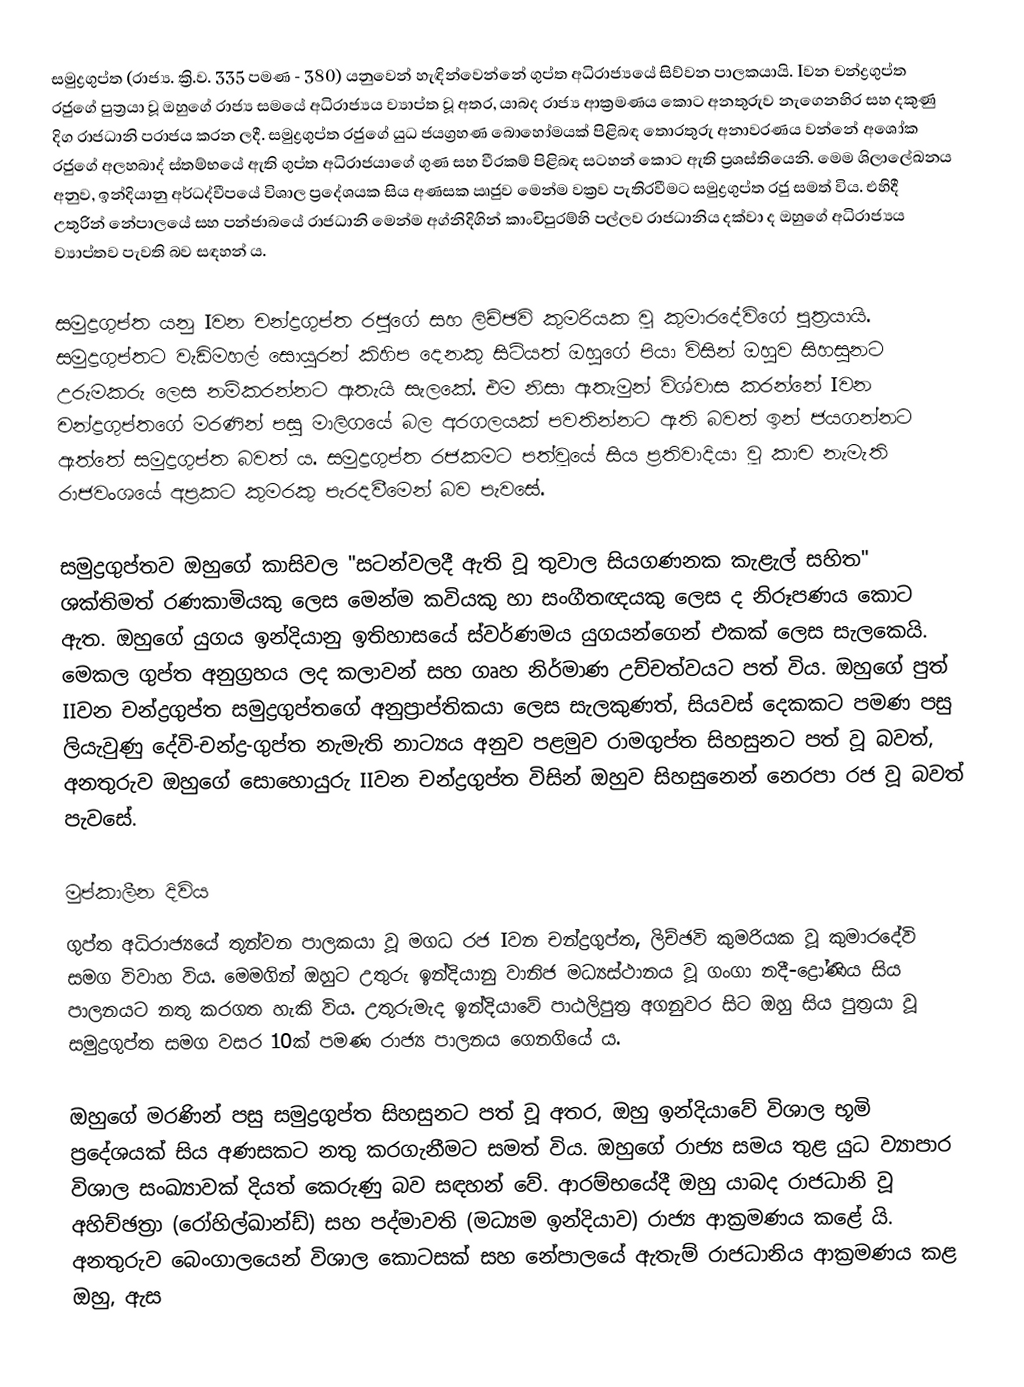
සමුද්‍රගුප්ත (රාජ්‍ය. ක්‍රි.ව. 335 පමණ - 380) යනුවෙන් හැඳින්වෙන්නේ ගුප්ත අධිරාජ්‍යයේ සිව්වන පාලකයායි. Iවන චන්ද්‍රගුප්ත රජුගේ පුත්‍රයා වූ ඔහුගේ රාජ්‍ය සමයේ අධිරාජ්‍යය ව්‍යාප්ත වූ අතර, යාබද රාජ්‍ය ආක්‍රමණය කොට අනතුරුව නැගෙනහිර සහ දකුණු දිග රාජධානි පරාජය කරන ලදී. සමුද්‍රගුප්ත රජුගේ යුධ ජයග්‍රහණ බොහෝමයක් පිළිබඳ තොරතුරු අනාවරණය වන්නේ අශෝක රජුගේ අලහබාද් ස්තම්භයේ ඇති ගුප්ත අධිරාජයාගේ ගුණ සහ වීරකම් පිළිබඳ සටහන් කොට ඇති ප්‍රශස්තියෙනි. මෙම ශිලාලේඛනය අනුව, ඉන්දියානු අර්ධද්වීපයේ විශාල ප්‍රදේශයක සිය අණසක ඍජුව මෙන්ම වක්‍රව පැතිරවීමට සමුද්‍රගුප්ත රජු සමත් විය. එහිදී උතුරින් නේපාලයේ සහ පන්ජාබයේ රාජධානි මෙන්ම අග්නිදිගින් කාංචිපුරම්හි පල්ලව රාජධානිය දක්වා ද ඔහුගේ අධිරාජ්‍යය ව්‍යාප්තව පැවති බව සඳහන් ය.

සමුද්‍රගුප්ත යනු Iවන චන්ද්‍රගුප්ත රජුගේ සහ ලිච්ඡවි කුමරියක වූ කුමාරදේවිගේ පුත්‍රයායි. සමුද්‍රගුප්තට වැඩිමහල් සොයුරන් කිහිප දෙනකු සිටියත් ඔහුගේ පියා විසින් ඔහුව සිහසුනට උරුමකරු ලෙස නම්කරන්නට ඇතැයි සැ‍ලකේ. එම නිසා ඇතැමුන් විශ්වාස කරන්නේ Iවන චන්ද්‍රගුප්තගේ මරණින් පසු මාලිගයේ බල අරගලයක් පවතින්නට ඇති බවත් ඉන් ජයගන්නට ඇත්තේ සමුද්‍රගුප්ත බවත් ය. සමුද්‍රගුප්ත රජකමට පත්වූයේ සිය ප්‍රතිවාදියා වූ කාච නැමැති රාජවංශයේ අප්‍රකට කුමරකු පැරදවීමෙන් බව පැවසේ.

සමුද්‍රගුප්තව ඔහුගේ කාසිවල "සටන්වලදී ඇති වූ තුවාල සියගණනක කැළැල් සහිත" ශක්තිමත් රණකාමියකු ලෙස මෙන්ම කවියකු හා සංගීතඥයකු ලෙස ද නිරූපණය කොට ඇත. ඔහුගේ යුගය ඉන්දියානු ඉතිහාසයේ ස්වර්ණමය යුගයන්ගෙන් එකක් ලෙස සැලකෙයි. මෙකල ගුප්ත අනුග්‍රහය ලද කලාවන් සහ ගෘහ නිර්මාණ උච්චත්වයට පත් විය. ඔහුගේ පුත් IIවන චන්ද්‍රගුප්ත සමුද්‍රගුප්තගේ අනුප්‍රාප්තිකයා ලෙස සැලකුණත්, සියවස් දෙකකට පමණ පසු ලියැවුණු දේවි-චන්ද්‍ර-ගුප්ත නැමැති නාට්‍යය අනුව පළමුව රාමගුප්ත සිහසුනට පත් වූ බවත්, අනතුරුව ඔහුගේ සොහොයුරු IIවන චන්ද්‍රගුප්ත විසින් ඔහුව සිහසුනෙන් නෙරපා රජ වූ බවත් පැවසේ.

මුප්කාලීන දිවිය
ගුප්ත අධිරාජ්‍යයේ තුන්වන පාලකයා වූ මගධ රජ Iවන චන්ද්‍රගුප්ත, ලිච්ඡවි කුමරියක වූ කුමාරදේවි සමග විවාහ විය. මෙමගින් ඔහුට උතුරු ඉන්දියානු වානිජ මධ්‍යස්ථානය වූ ගංගා නදී-ද්‍රෝණිය සිය පාලනයට නතු කරගත හැකි විය. උතුරුමැද ඉන්දියාවේ පාඨලිපුත්‍ර අගනුවර සිට ඔහු සිය පුත්‍රයා වූ සමුද්‍රගුප්ත සමග වසර 10ක් පමණ රාජ්‍ය පාලනය ගෙනගියේ ය.

ඔහුගේ මරණින් පසු සමුද්‍රගුප්ත සිහසුනට පත් වූ අතර, ඔහු ඉන්දියාවේ විශාල භූමි ප්‍රදේශයක් සිය අණසකට නතු කරගැනීමට සමත් විය. ඔහුගේ රාජ්‍ය සමය තුළ යුධ ව්‍යාපාර විශාල සංඛ්‍යාවක් දියත් කෙරුණු බව සඳහන් වේ. ආරම්භයේදී ඔහු යාබද රාජධානි වූ අහිච්ඡත්‍රා (රෝහිල්ඛාන්ඩ්) සහ පද්මාවති (මධ්‍යම ඉන්දියාව) රාජ්‍ය ආක්‍රමණය කළේ යි. අනතුරුව බෙංගාලයෙන් විශාල කොටසක් සහ නේපාලයේ ඇතැම් රාජධානිය ආක්‍රමණය කළ ඔහු, ඇස